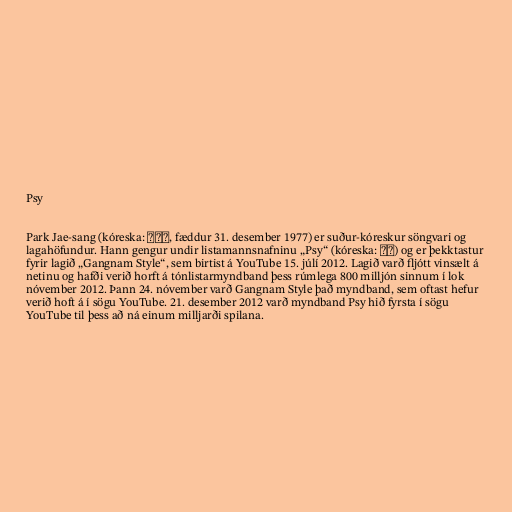
Psy

Park Jae-sang (kóreska: 박재상, fæddur 31. desember 1977) er suður-kóreskur söngvari og
lagahöfundur. Hann gengur undir listamannsnafninu „Psy“ (kóreska: 싸이) og er þekktastur
fyrir lagið „Gangnam Style“, sem birtist á YouTube 15. júlí 2012. Lagið varð fljótt vinsælt á
netinu og hafði verið horft á tónlistarmyndband þess rúmlega 800 milljón sinnum í lok
nóvember 2012. Þann 24. nóvember varð Gangnam Style það myndband, sem oftast hefur
verið hoft á í sögu YouTube. 21. desember 2012 varð myndband Psy hið fyrsta í sögu
YouTube til þess að ná einum milljarði spilana.